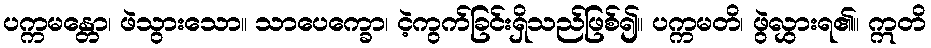
ပက္ကမန္တော၊ ဖဲသွားသော။ သာပေက္ခော၊ ငဲ့ကွက်ခြင်းရှိသည်ဖြစ်၍။ ပက္ကမတိ၊ ဖွဲလွှားရ၏။ ဣတိ